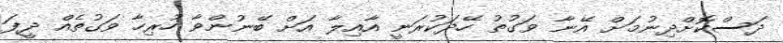
ދަސްކޮށްދިނުމަށް އޭނާ ވަގުތު ހޭދަކުރަނީ އާއިލާ އަށް ބޭނުންވާ ހުރިހާ ވަގުތެއް ދީފަ